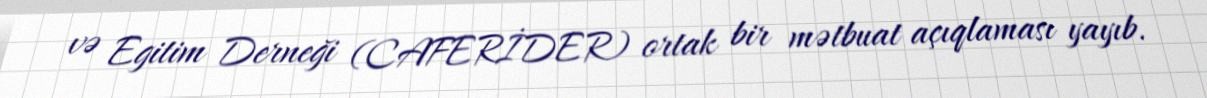
və Egitim Derneği (CAFERİDER) ortak bir mətbuat açıqlaması yayıb.